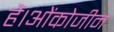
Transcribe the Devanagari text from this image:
हैं।ओंकोजीन